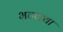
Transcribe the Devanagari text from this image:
भटक्‍या